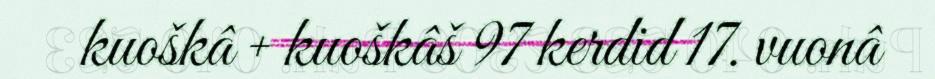
kuoškâ + kuoškâš 97 kerdid 17. vuonâ